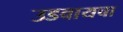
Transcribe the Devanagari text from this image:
उडवायचा